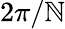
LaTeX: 2\pi/\mathbb{N}